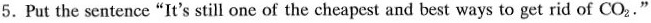
5.Put the sentence"It's still one of the cheapest and best ways to get rid of CO _{2}."